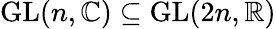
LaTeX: \mathrm{GL}(n,\mathbb{C})\subseteq\mathrm{GL}(2n,\mathbb{R})